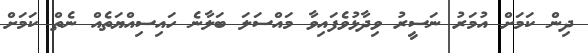
ދިން ކަމަށް އުމަރު ނަސީރު ވިދާޅުވެފައިވާ މައްސަލަ ބަލާނެ ހައިސިއްޔަތެއް ނެތް ކަމަށް